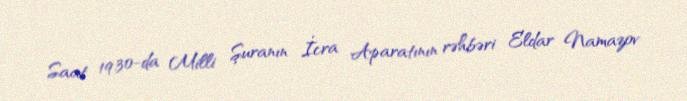
Saat 19.30-da Milli Şuranın İcra Aparatının rəhbəri Eldar Namazov